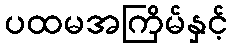
ပထမအကြိမ်နှင့်